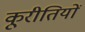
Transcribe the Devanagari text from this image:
कूरीतियों